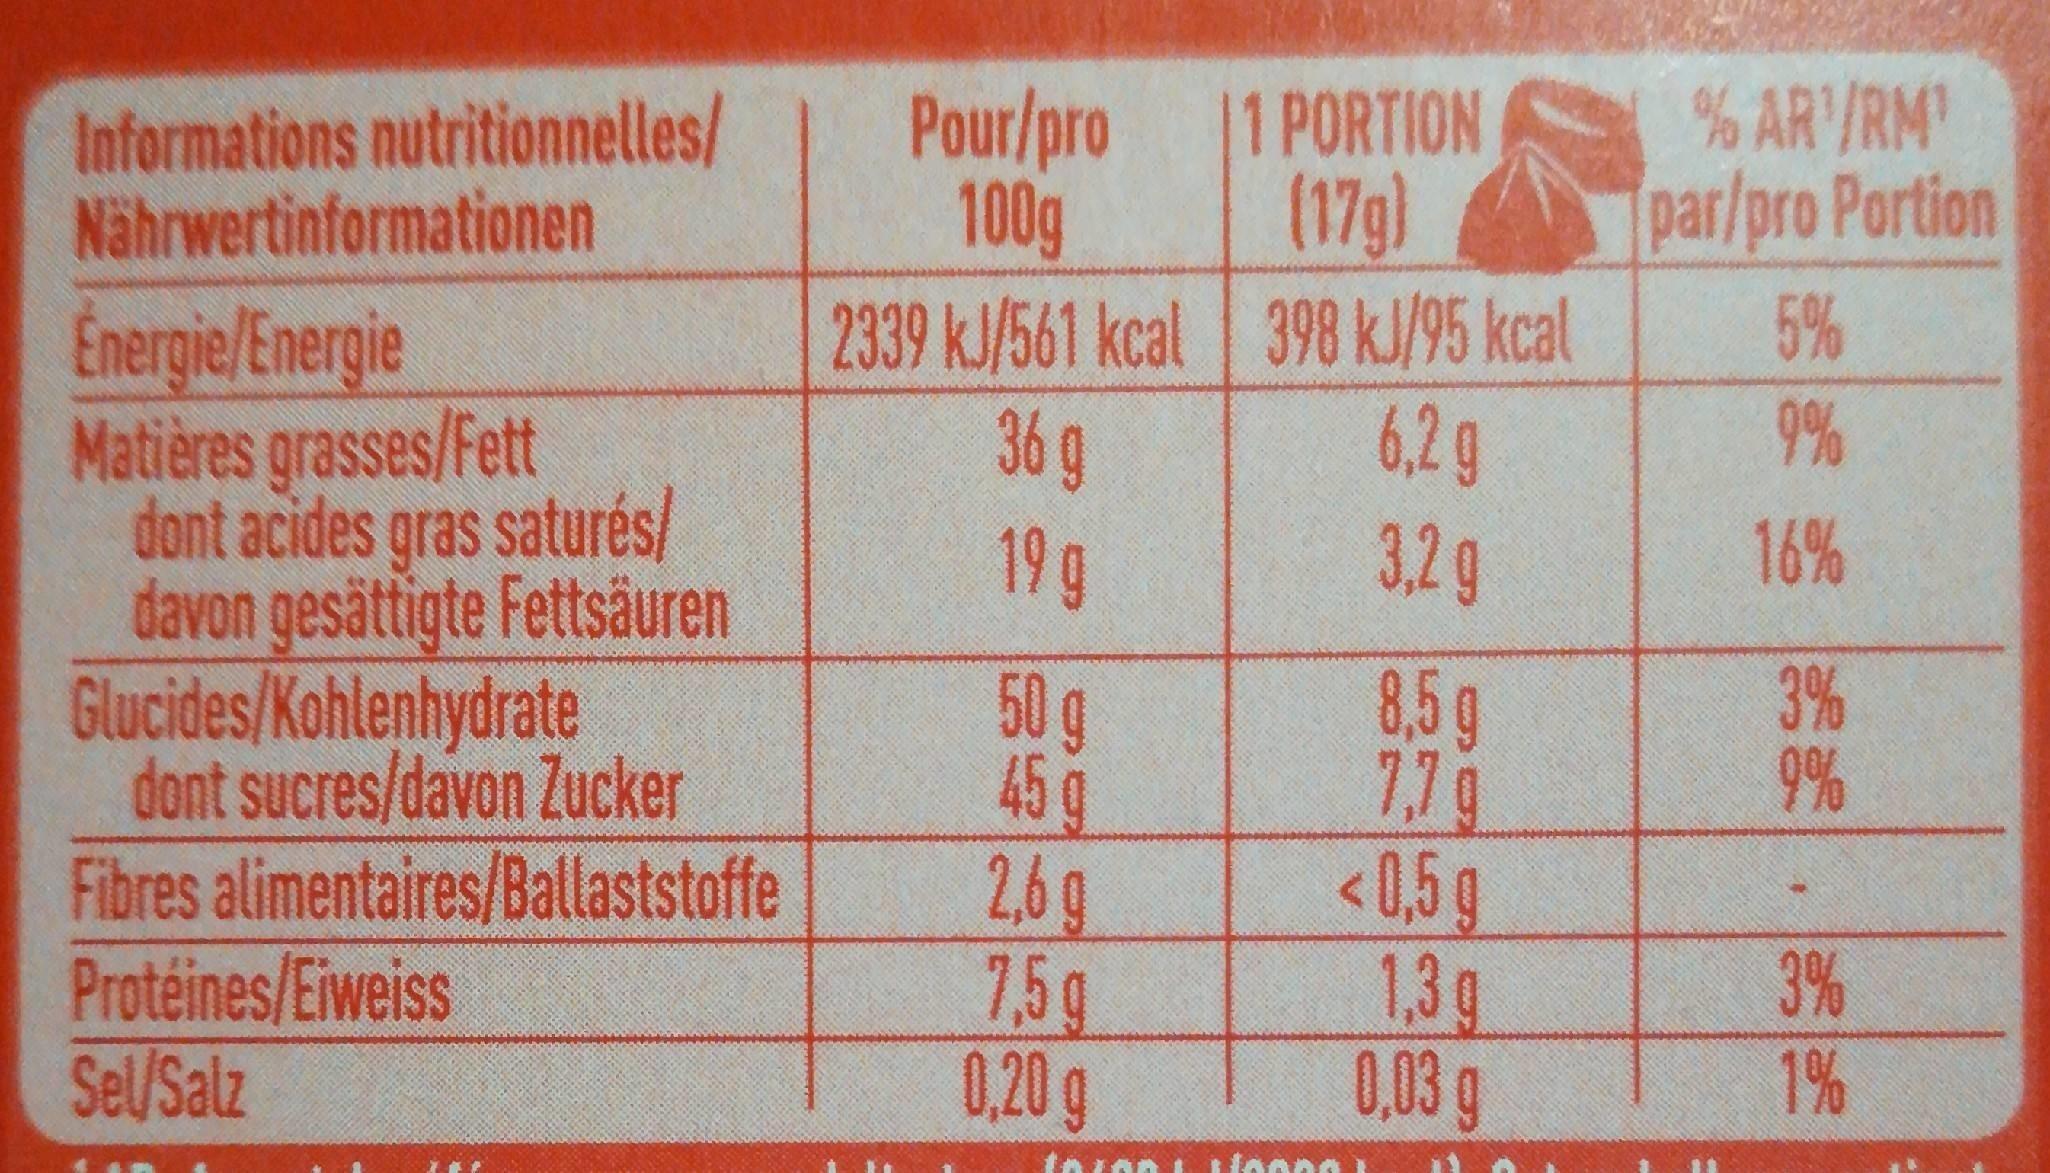
% AR/RM par/pro Portion
1 PORTION (17g) 2339 kJ/561 kcal 398 kJ/95 kcal 6,2g 3.2g 8,5g 7,7g <0, g 1,3g 0,03 g
Pour/pro 100g
Informations nutritionnelles/ Nährwertinformationen Energie/Energie Matières grasses/Fett dont acides gras saturés/ davon gesättigte Fettsäuren Glucides/Kohlenhydrate dont sucres/davon Zucker Fibres alimentaires/Ballaststoffe Protéines/Eiweiss Sel/Salz
5%
9%
36g 19g
16%
3% 9%
50g 45 g 2,6g 7,5g 0,20 g
3% 1%
ww.